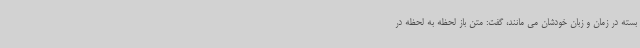
بسته در زمان و زبان خودشان می مانند، گفت: متن باز لحظه به لحظه در